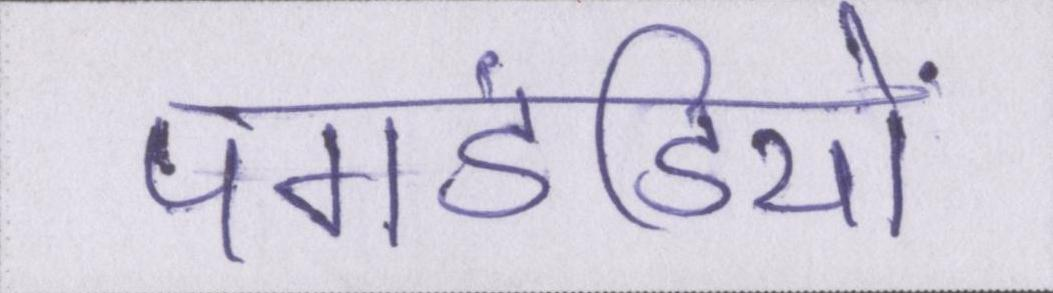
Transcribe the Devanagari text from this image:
पगडंडियों